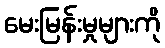
မေးမြန်းမှုများကို